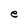
Character: e